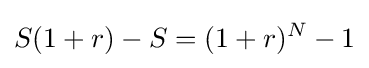
S(1+r)-S=(1+r)^{N}-1